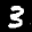
Label: 3